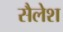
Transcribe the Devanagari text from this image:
सैलेश